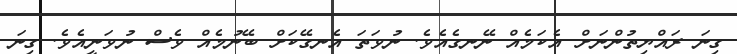
ގިނަ ރައްޔިތުންނަށް އެކަމެއް ނޭނގެއެވެ. ނުވަތަ އެނގޭކަށް ބޭނުމެއް ވެސް ނުވަނީއެވެ. ގިނަ